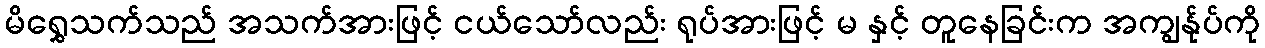
မိရွှေသက်သည် အသက်အားဖြင့် ငယ်သော်လည်း ရုပ်အားဖြင့် မ နှင့် တူနေခြင်းက အကျွန်ုပ်ကို